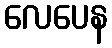
လေပေန